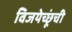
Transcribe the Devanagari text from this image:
विजयेच्छूंची